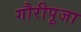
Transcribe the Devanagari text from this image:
गौरीपूजा